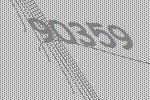
90359